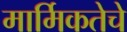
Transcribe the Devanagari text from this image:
मार्मिकतेचे